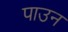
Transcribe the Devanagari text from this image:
पाउन